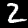
Label: 2